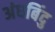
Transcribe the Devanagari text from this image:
अंधबिंदु